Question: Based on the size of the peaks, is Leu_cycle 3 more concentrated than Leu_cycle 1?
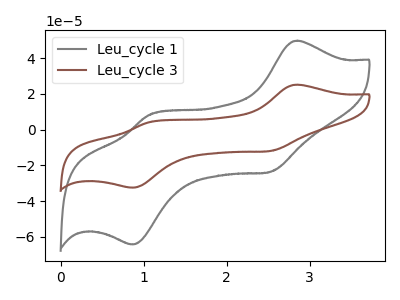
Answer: <think>The gray curve "Leu_cycle 1" has anodic peaks at (2.85V, 49.80uA) (1.05V, 8.15uA) and cathodic peaks at (2.50V, -23.70uA) (0.85V, -64.30uA). The brown curve "Leu_cycle 3" has anodic peaks at (2.85V, 25.15uA) (1.05V, 4.10uA) and cathodic peaks at (2.50V, -12.00uA) (0.85V, -32.50uA).
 All the peaks in "Leu_cycle 1" have a peak in "Leu_cycle 3" at the same potential. Every peak in "Leu_cycle 1" is higher than every peak in "Leu_cycle 3".</think>
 <answer>"Leu_cycle 1" has more signal than "Leu_cycle 3" and so likely has a higher concentration.</answer>
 <eval>more_concentration</eval>